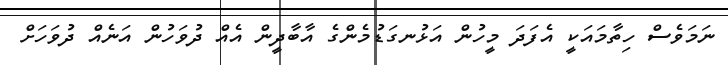
ނަމަވެސް ހިތާމައަކީ އެފަދަ މީހުން އަޅުނގަޑުމެންގެ އާބާދީން އެއް ދުވަހުން އަނެއް ދުވަހަށް